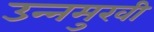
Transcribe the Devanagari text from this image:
उन्‍नमुखी